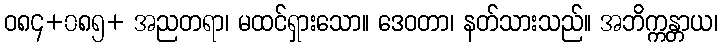
ဝ၈၄+၀၈၅+ အညတရာ၊ မထင်ရှားသော။ ဒေဝတာ၊ နတ်သားသည်။ အဘိက္ကန္တာယ၊